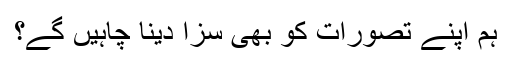
ہم اپنے تصورات کو بھی سزا دینا چاہیں گے؟